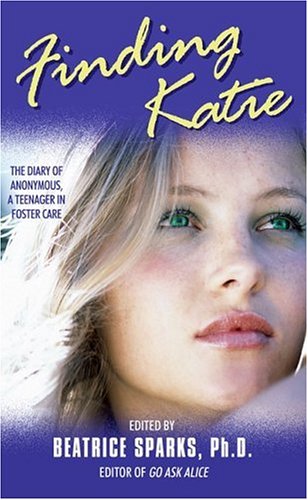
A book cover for Finding Katie: The Diary of Anonymous, A Teenager in Foster Care; Beatrice Sparks; Teen & Young Adult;